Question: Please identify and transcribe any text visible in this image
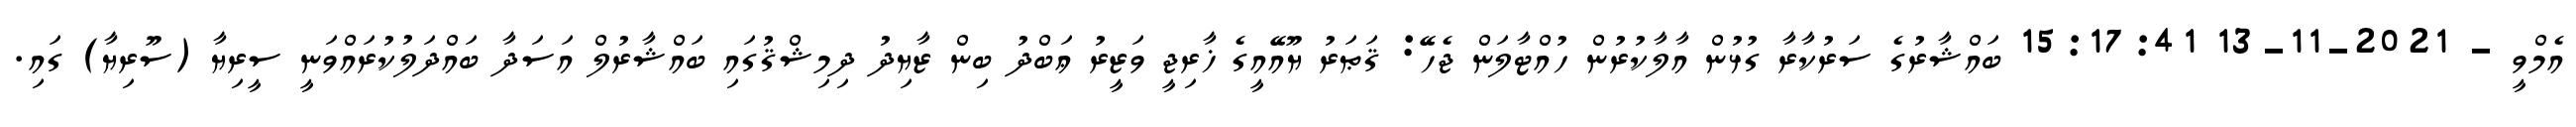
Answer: އެމްވީ - 2021-11-13 15:17:41 ބައްޝާރުގެ ސަރުކާރާ ގުޅުން އާލާކުރުން ހުއްޓާލަން ޖެހޭ: ޤަޠަރު ޔޫއޭއީގެ ޚާރިޖީ ވަޒީރު ޢަބްދު ބިން ޒާޔިދު ދިމިޝްޤުގައި ބައްޝާރުލް އަސަދާ ބައްދަލުކުރައްވަނީ ސީރިޔާ (ސޫރިޔާ) ގައި.